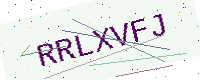
Text: RRLXVFJ